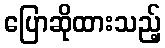
ပြောဆိုထားသည့်